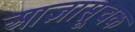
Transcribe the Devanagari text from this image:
आज्ञासूचक